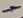
Text: -